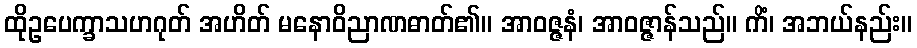
ထိုဥပေက္ခာသဟဂုတ် အဟိတ် မနောဝိညာဏဓာတ်၏။ အာဝဇ္ဇနံ၊ အာဝဇ္ဇာန်သည်။ ကိံ၊ အဘယ်နည်း။